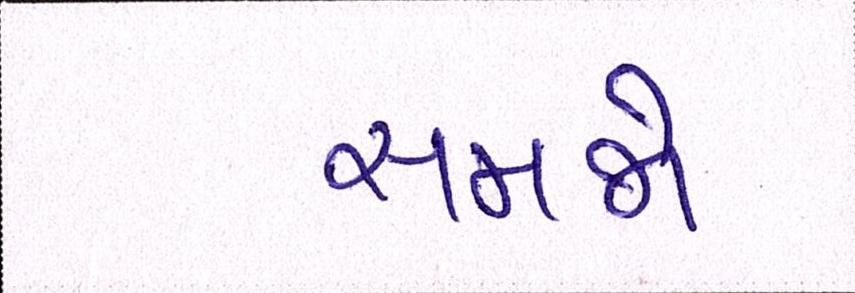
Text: સમજો